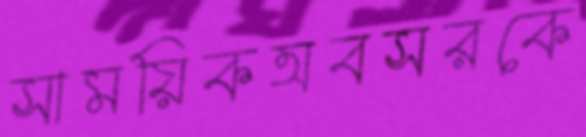
সাময়িকঅবসরকে